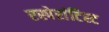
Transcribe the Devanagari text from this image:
एस्पेरांटिस्ट